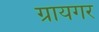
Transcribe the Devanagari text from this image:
ग्रायगर